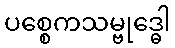
ပစ္စေကသမ္ဗုဒ္ဓေါ